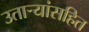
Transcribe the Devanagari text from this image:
उतार्‍यांसहित